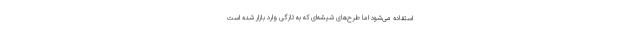
استفاده می‌شود اما طرح‌های شیشه‌ای که به تازگی وارد بازار شده است